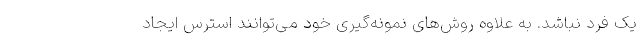
یک فرد نباشد. به علاوه روش‌های نمونه‌گیری خود می‌توانند استرس ایجاد